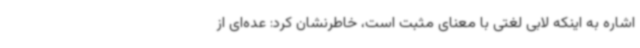
اشاره به اینکه لابی لغتی با معنای مثبت است، خاطرنشان کرد: عده‌ای از